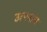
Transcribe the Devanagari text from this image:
उत्पनांत